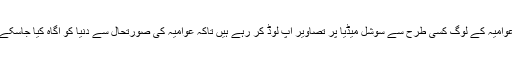
عوامیہ کے لوگ کسی طرح سے سوشل میڈیا پر تصاویر اپ لوڈ کر رہے ہیں تاکہ عوامیہ کی صورتحال سے دنیا کو آگاہ کیا جاسکے۔